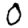
Digit: 0